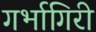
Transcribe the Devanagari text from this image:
गर्भागिरी